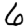
Digit: 6